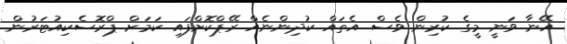
އޭނާ ވަނީ މީގެ ކުރިން ވެސް އެތައް ކުދިންނެއް ރޭޕްކޮށްފައި ކަމަށް ޕްރޮސެކިއުޓަރުން